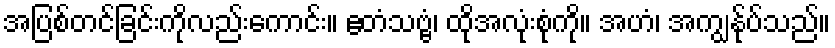
အပြစ်တင်ခြင်းကိုလည်းကောင်း။ ဧတံသဗ္ဗံ၊ ထိုအလုံးစုံကို။ အဟံ၊ အကျွန်ုပ်သည်။